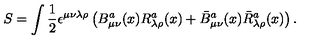
S = \int \frac { 1 } { 2 } \epsilon ^ { \mu \nu \lambda \rho } \left( B _ { \mu \nu } ^ { a } ( x ) R _ { \lambda \rho } ^ { a } ( x ) + \bar { B } _ { \mu \nu } ^ { a } ( x ) \bar { R } _ { \lambda \rho } ^ { a } ( x ) \right) .